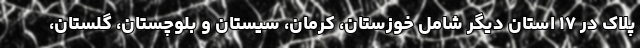
پلاک در ۱۷ استان دیگر شامل خوزستان، کرمان، سیستان و بلوچستان، گلستان،